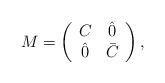
LaTeX: \begin{align*}M = \left( \begin{array}{cc} C & \hat 0 \\ \hat 0 & \bar C \end{array} \right),\end{align*}